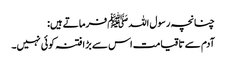
چنانچہ رسول اللہﷺ فرماتے ہیں:
آدم سے تاقیامت اس سے بڑا فتنہ کوئی نہیں۔